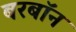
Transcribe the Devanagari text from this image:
बरबॉन